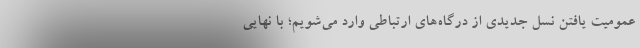
عمومیت یافتن نسل جدیدی از درگاه‌های ارتباطی وارد می‌شویم؛ با نهایی